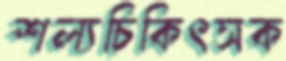
শল্যচিকিৎসক